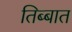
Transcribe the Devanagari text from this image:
तिब्बात